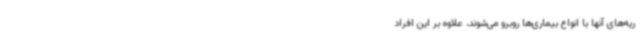
ریه‌های آنها با انواع بیماری‌ها روبرو می‌شوند، علاوه بر این افراد